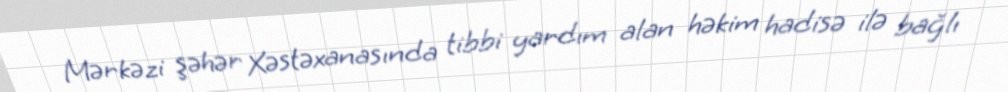
Mərkəzi şəhər Xəstəxanasında tibbi yardım alan həkim hadisə ilə bağlı